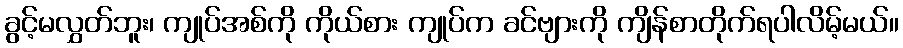
ခွင့်မလွှတ်ဘူး၊ ကျုပ်အစ်ကို ကိုယ်စား ကျုပ်က ခင်ဗျားကို ကျိန်စာတိုက်ရပါလိမ့်မယ်။